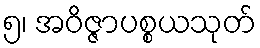
၅၊ အဝိဇ္ဇာပစ္စယသုတ်